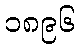
၁၈၉၆